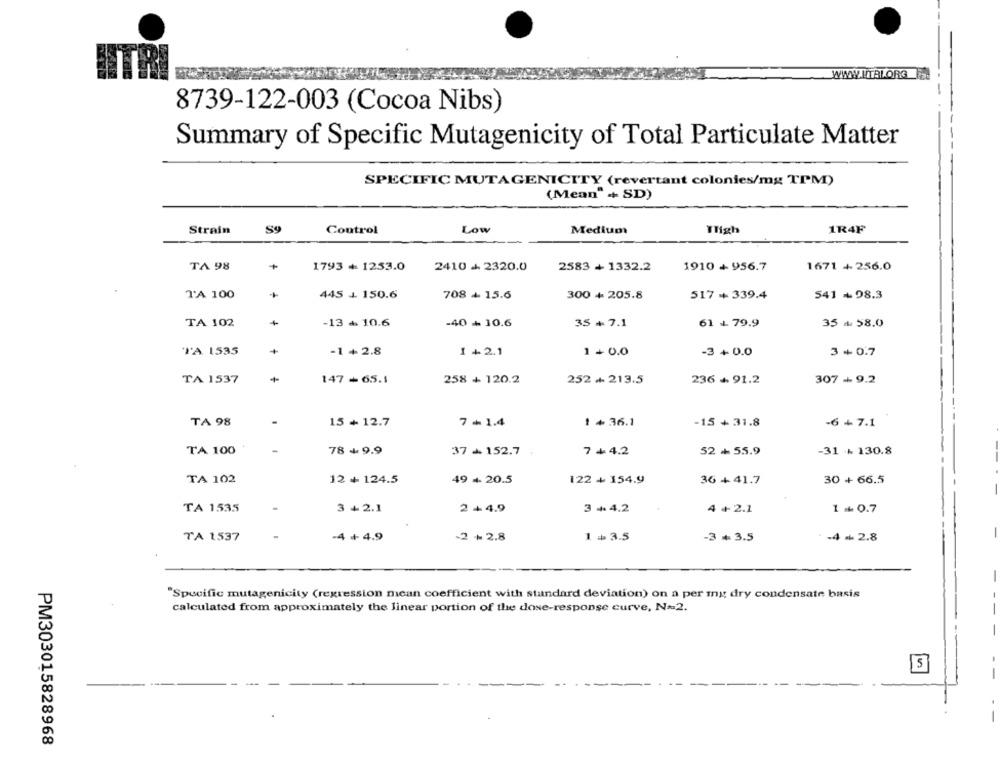
WWW.LTALORG FEL
8739-122-003 (Cocoa Nibs)
Summary of Specific Mutagenicity of Total Particulate Matter
SPECIFIC MUTAGENICITY (revertant colonies/mg TPM)
(Mean" ++ SD)
Strain
S9
Control
Low
YHigh
1R4F
Medium
TA 98
+
1793 + 1253.0
2410 + 2320.0
2583 + 1332.2
1910 + 956.7
1671 +256.0
T'A 100
445 +. 150.6
708 + 15.6
300 + 205.8
517 + 339.4
541 +98.3
TA 102
-13 + 10.6
-40 + 10.6
35 + 7.1
61 - 79.9
35 / 58.0
TA 1535
-1 + 2.8
1 +2.1
1 + 0.0
-3 + 0.0
3 +0.7
TA 1537
147+ 65.1
258 + 120.2
252 + 213.5
236 + 91.2
307 + 9.2
TA 98
15 + 12.7
7+1.4
1 + 36.1
-15 + 31.8
-6 + 7.1
TA 100
78 +9.9
37 + 152.7
7 + 4.2
52 + 55.9
-31 +130.8
TA 102
12 + 124.5
49 + 20.5
122 + 154.9
36 + 41.7
30 + 66.5
TA 1535
3 +2.1
2+4.9
3 +4.2
4 + 2.1
1 0.7
-4 - 2.8
-
TA 1537
-4 + 4.9
-2 + 2.8
1 = 3.5
-3 *3.5
-
Specific mutagenicity (regression mean coefficient with standard deviation) on a per ing dry condensate basis
calculated from approximately the linear portion of the dose-response curve, N=2.
--
-
S
PM303015828968